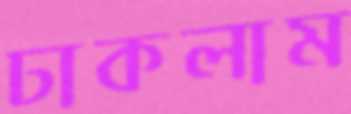
ঢাকলাম